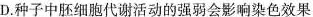
D.种子中胚细胞代谢活动的强弱会影响染色效果